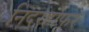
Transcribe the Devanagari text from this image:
निदरहोफर